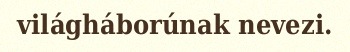
világháborúnak nevezi.